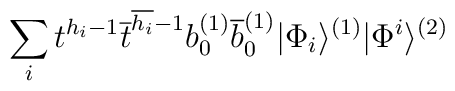
\sum_it^{h_i-1}\overline{t}^{\overline{h_i}-1}b_0^{(1)}\overline{b}_0^{(1)}|\Phi_i\rangle^{(1)}|\Phi^i\rangle^{(2)}